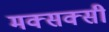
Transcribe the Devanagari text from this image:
मक्सक्सी